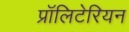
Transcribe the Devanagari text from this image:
प्रॉलिटेरियन